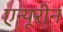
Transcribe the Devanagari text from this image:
एन्यूरीन